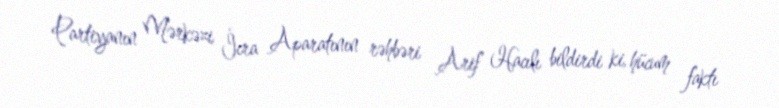
Partiyanın Mərkəzi İcra Aparatının rəhbəri Arif Hacılı bildirdi ki, hücum faktı